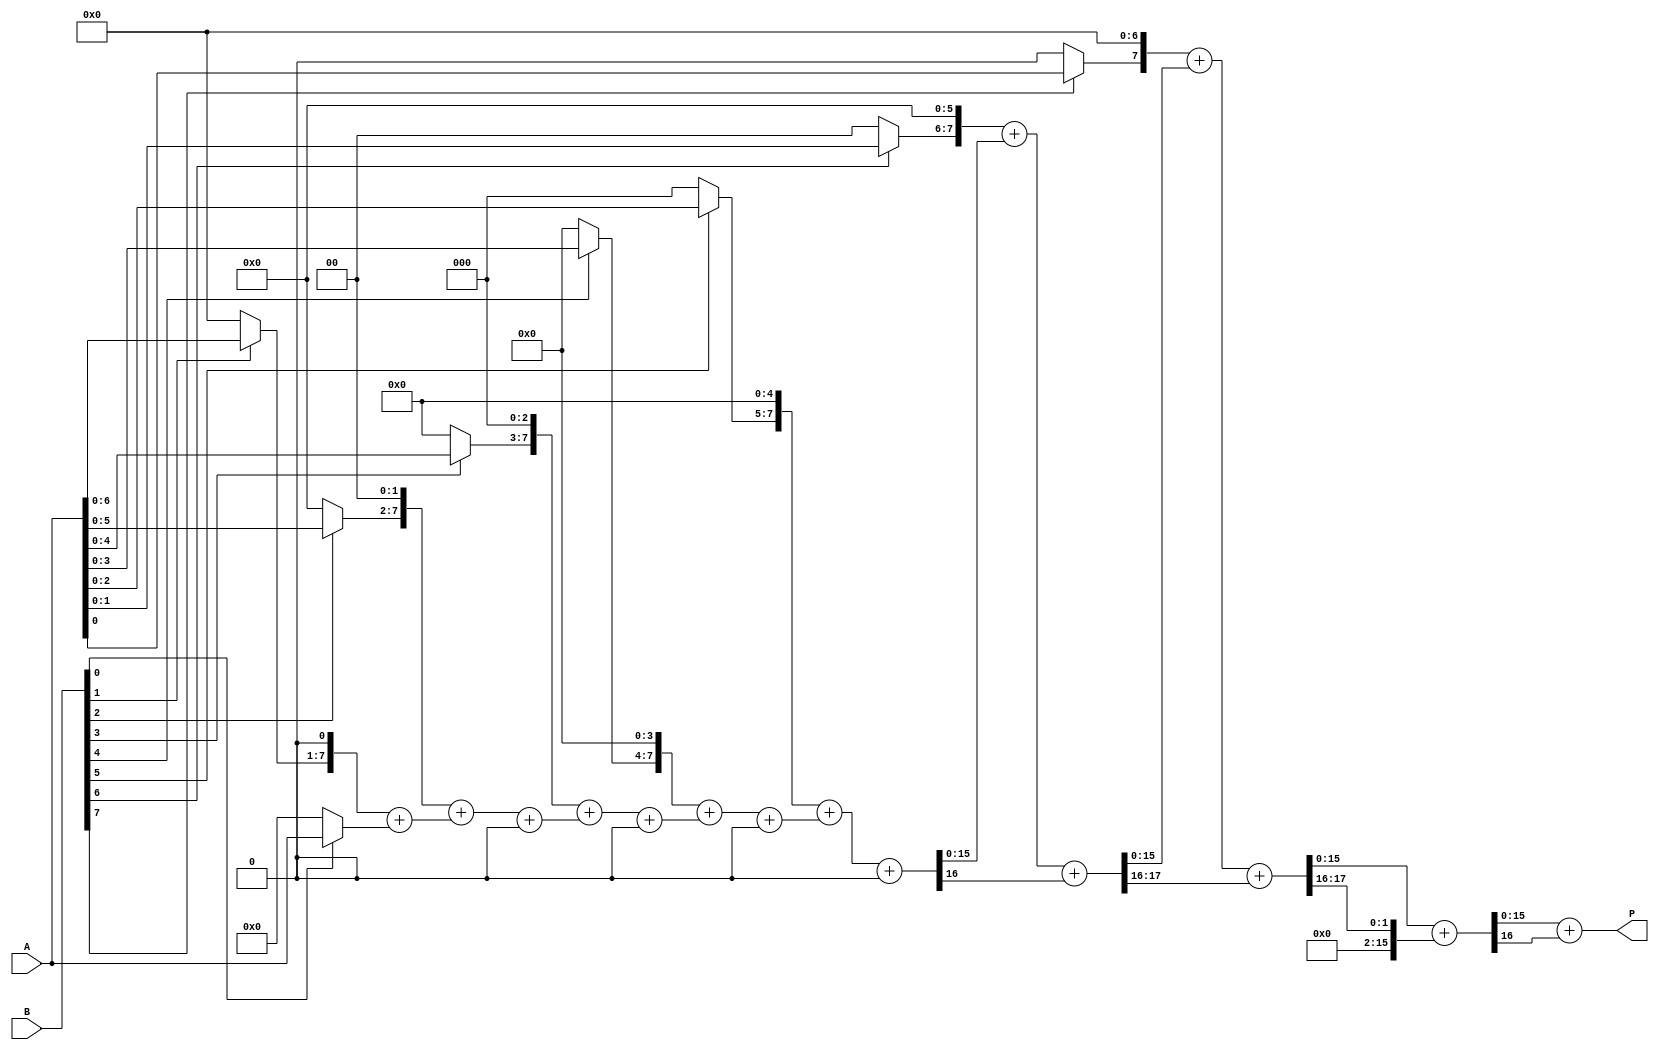
module variable_length_wallace_tree_multiplier #(
    parameter WIDTH_A = 8,  // Width of input A
    parameter WIDTH_B = 8   // Width of input B
)(
    input [WIDTH_A-1:0] A,  // Multiplicand
    input [WIDTH_B-1:0] B,  // Multiplier
    output reg [WIDTH_A + WIDTH_B - 1:0] P  // Product
);

    // Partial product generation
    wire [WIDTH_A-1:0] partial_products[WIDTH_B-1:0];
    genvar i;
    generate
        for (i = 0; i < WIDTH_B; i = i + 1) begin : pp_gen
            assign partial_products[i] = (B[i] ? A : 0) << i; // Shifted partial products
        end
    endgenerate

    // Wallace Tree Reduction
    wire [WIDTH_A + WIDTH_B - 1:0] sum[WIDTH_B-1:0];
    wire [WIDTH_A + WIDTH_B - 1:0] carry[WIDTH_B-1:0];
    wire [WIDTH_A + WIDTH_B - 1:0] final_sum, final_carry;

    // Initial stage of CSAs
    generate
        for (i = 0; i < WIDTH_B; i = i + 1) begin : wallace_tree
            if (i == 0) begin
                assign sum[i] = partial_products[i];
                assign carry[i] = 0;
            end else if (i == 1) begin
                // First CSA stage
                assign {carry[i], sum[i]} = partial_products[i] + partial_products[i-1];
            end else begin
                // Subsequent CSA stages
                assign {carry[i], sum[i]} = partial_products[i] + sum[i-1] + carry[i-1];
            end
        end
    endgenerate

    // Final addition of the last two outputs
    assign {final_carry, final_sum} = sum[WIDTH_B-1] + carry[WIDTH_B-1];

    // Assign final product
    always @(*) begin
        P = final_sum + final_carry;
    end

endmodule